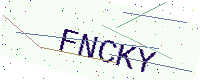
Text: FNCKY